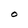
Character: O